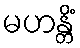
မဟန္တိံ